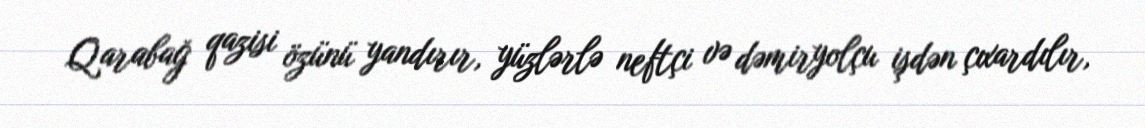
Qarabağ qazisi özünü yandırır, yüzlərlə neftçi və dəmiryolçu işdən çıxardılır,